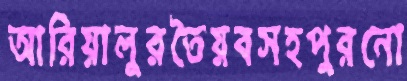
আরিয়ালুরতৈয়বসহপুরনো